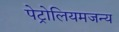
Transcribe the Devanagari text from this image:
पेट्रोलियमजन्य